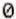
0